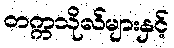
တက္ကသိုလ်များနှင့်